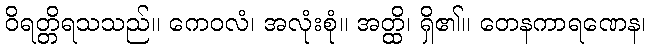
ဝိရတ္တိရသသည်။ ကေဝလံ၊ အလုံးစုံ။ အတ္ထိ၊ ရှိ၏။ တေနကာရဏေန၊